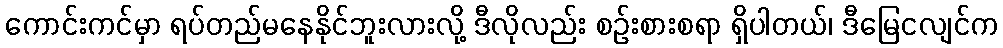
ကောင်းကင်မှာ ရပ်တည်မနေနိုင်ဘူးလားလို့ ဒီလိုလည်း စဉ်းစားစရာ ရှိပါတယ်၊ ဒီမြေငလျင်က